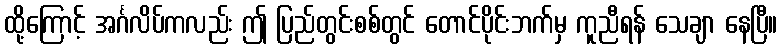
ထို့ကြောင့် အင်္ဂလိပ်ကလည်း ဤ ပြည်တွင်းစစ်တွင် တောင်ပိုင်းဘက်မှ ကူညီရန် သေချာ နေပြီ။